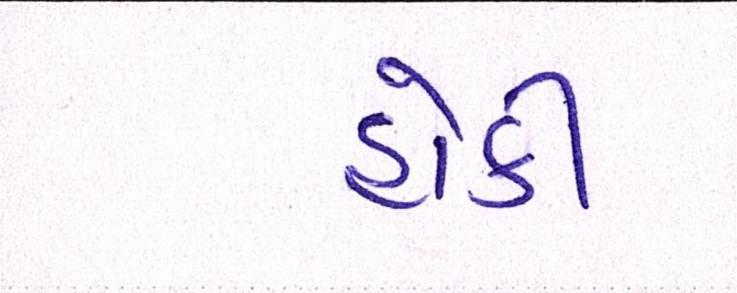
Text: હોકી